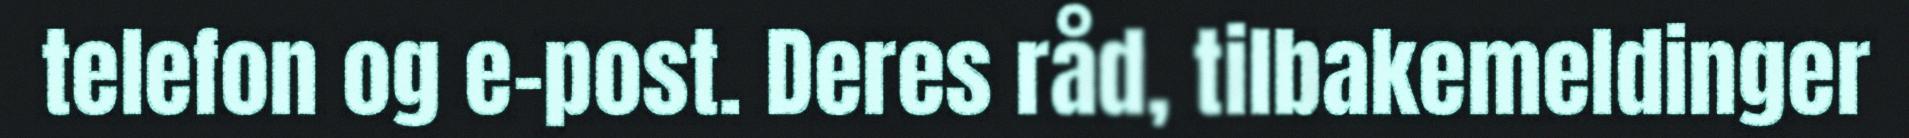
telefon og e-post. Deres råd, tilbakemeldinger